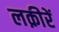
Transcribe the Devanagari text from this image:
लक़ीरें